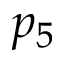
p _ { 5 }